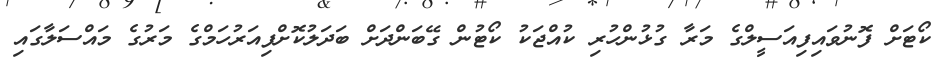
ކޯޓަށް ފޮނުވައިފިއަސީލްގެ މަރާ ގުޅުންހުރި ކުއްޖަކު ކޯޓުން ގޭބަންދަށް ބަދަލުކޮށްފިއަރުހަމްގެ މަރުގެ މައްސަލާގައި